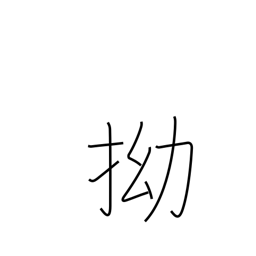
Meaning: crooked